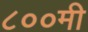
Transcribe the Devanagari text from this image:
८००मी